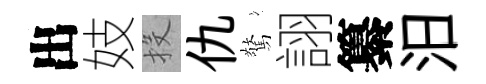
出妓投仇驚詡纂汨